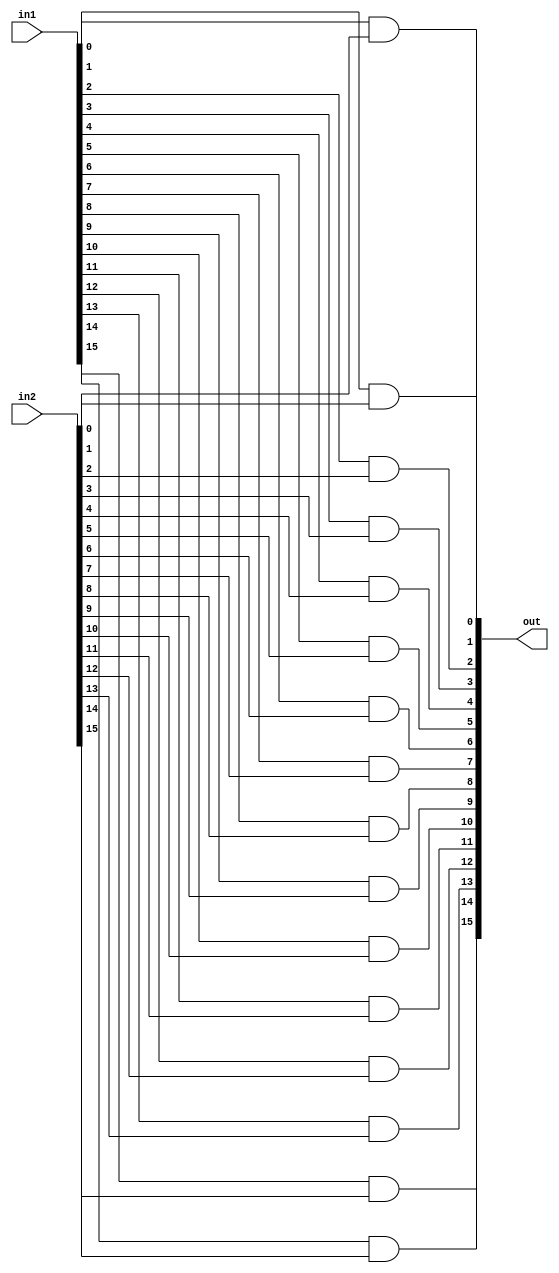
/* mdulo And16 */

`ifndef _And16_
`define _And16_

module And16(out, in1, in2);
    input [15:0] in1, in2;
    output [15:0] out;

    and(out[0], in1[0], in2[0]);
    and(out[1], in1[1], in2[1]);
    and(out[2], in1[2], in2[2]);
    and(out[3], in1[3], in2[3]);
    and(out[4], in1[4], in2[4]);
    and(out[5], in1[5], in2[5]);
    and(out[6], in1[6], in2[6]);
    and(out[7], in1[7], in2[7]);
    and(out[8], in1[8], in2[8]);
    and(out[9], in1[9], in2[9]);
    and(out[10], in1[10], in2[10]);
    and(out[11], in1[11], in2[11]);
    and(out[12], in1[12], in2[12]);
    and(out[13], in1[13], in2[13]);
    and(out[14], in1[14], in2[14]);
    and(out[15], in1[15], in2[15]);

endmodule

`endif